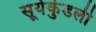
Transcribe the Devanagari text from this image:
सूर्यकुंडली